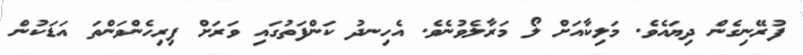
ފުރޭނިގެން ދިޔައެވެ. މަލިކާއަށް ލޯ މަރާލެވުނެވެ. އެހިނދު ކަންފަތުގައި ވަރަށް ފިރިހެންވަންތަ އަޑަކުން